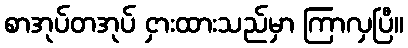
စာအုပ်တအုပ် ငှားထားသည်မှာ ကြာလှပြီ။